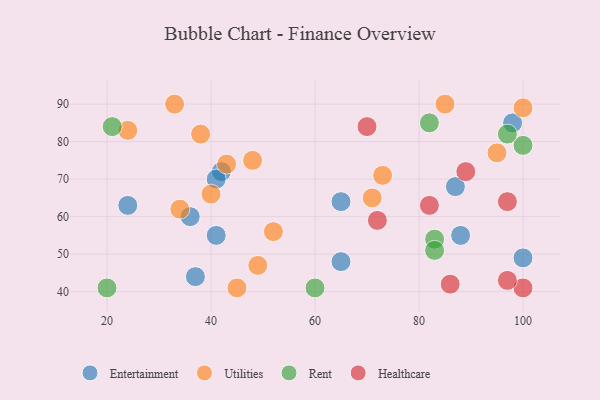
{"axis": {"x": "GDP", "y": "Life Expectancy"}, "legend": ["Entertainment", "Healthcare", "Rent", "Utilities"], "data": [{"x": "42", "y": 72, "type": "Entertainment"}, {"x": "65", "y": 64, "type": "Entertainment"}, {"x": "24", "y": 63, "type": "Entertainment"}, {"x": "65", "y": 48, "type": "Entertainment"}, {"x": "37", "y": 44, "type": "Entertainment"}, {"x": "98", "y": 85, "type": "Entertainment"}, {"x": "41", "y": 55, "type": "Entertainment"}, {"x": "100", "y": 49, "type": "Entertainment"}, {"x": "41", "y": 70, "type": "Entertainment"}, {"x": "87", "y": 68, "type": "Entertainment"}, {"x": "36", "y": 60, "type": "Entertainment"}, {"x": "88", "y": 55, "type": "Entertainment"}, {"x": "95", "y": 77, "type": "Utilities"}, {"x": "48", "y": 75, "type": "Utilities"}, {"x": "40", "y": 66, "type": "Utilities"}, {"x": "43", "y": 74, "type": "Utilities"}, {"x": "52", "y": 56, "type": "Utilities"}, {"x": "33", "y": 90, "type": "Utilities"}, {"x": "38", "y": 82, "type": "Utilities"}, {"x": "24", "y": 83, "type": "Utilities"}, {"x": "100", "y": 89, "type": "Utilities"}, {"x": "71", "y": 65, "type": "Utilities"}, {"x": "49", "y": 47, "type": "Utilities"}, {"x": "73", "y": 71, "type": "Utilities"}, {"x": "85", "y": 90, "type": "Utilities"}, {"x": "45", "y": 41, "type": "Utilities"}, {"x": "34", "y": 62, "type": "Utilities"}, {"x": "82", "y": 85, "type": "Rent"}, {"x": "21", "y": 84, "type": "Rent"}, {"x": "83", "y": 54, "type": "Rent"}, {"x": "83", "y": 51, "type": "Rent"}, {"x": "100", "y": 79, "type": "Rent"}, {"x": "97", "y": 82, "type": "Rent"}, {"x": "60", "y": 41, "type": "Rent"}, {"x": "20", "y": 41, "type": "Rent"}, {"x": "72", "y": 59, "type": "Healthcare"}, {"x": "70", "y": 84, "type": "Healthcare"}, {"x": "100", "y": 41, "type": "Healthcare"}, {"x": "97", "y": 43, "type": "Healthcare"}, {"x": "97", "y": 64, "type": "Healthcare"}, {"x": "89", "y": 72, "type": "Healthcare"}, {"x": "86", "y": 42, "type": "Healthcare"}, {"x": "82", "y": 63, "type": "Healthcare"}]}